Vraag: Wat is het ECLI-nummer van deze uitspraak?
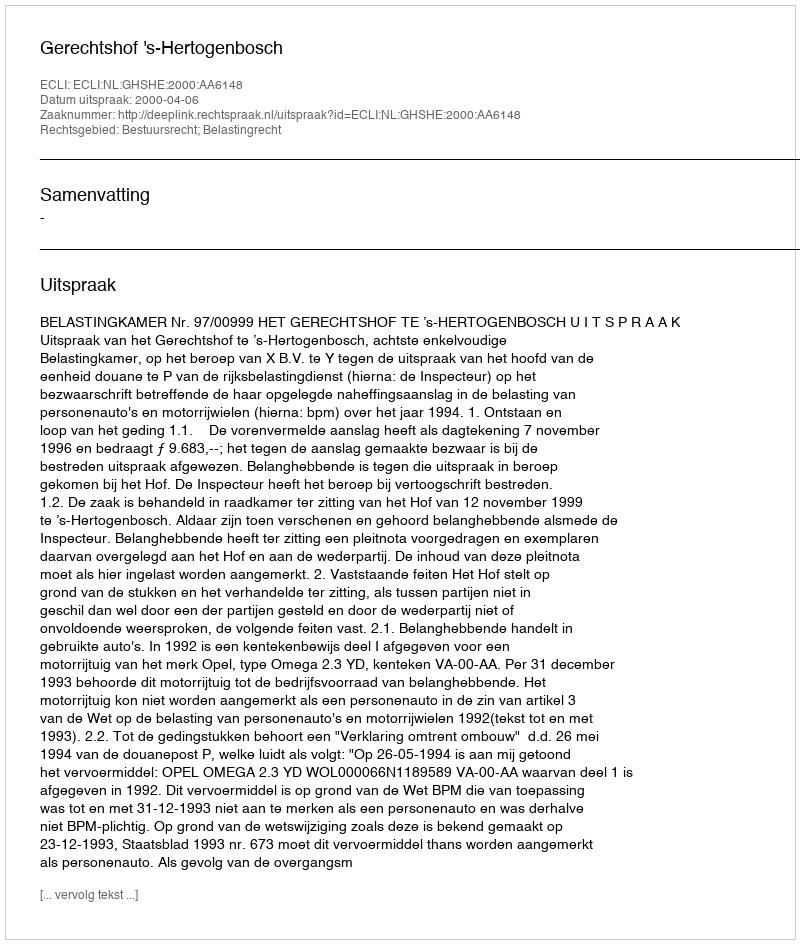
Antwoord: ECLI:NL:GHSHE:2000:AA6148